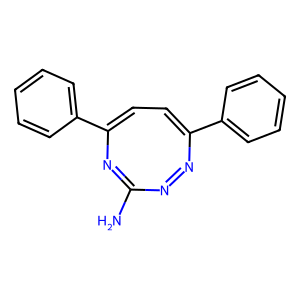
SMILES: NC1=NC(c2ccccc2)=CC=C(c2ccccc2)N=N1
Inhibits HIV replication: No